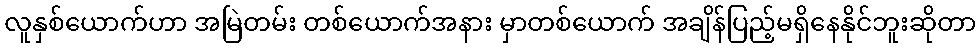
လူနှစ်ယောက်ဟာ အမြဲတမ်း တစ်ယောက်အနား မှာတစ်ယောက် အချိန်ပြည့်မရှိနေနိုင်ဘူးဆိုတာ